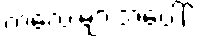
ကလေးများအပေါ်